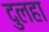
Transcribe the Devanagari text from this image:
दुलहा